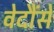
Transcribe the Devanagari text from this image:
वेदौंसे